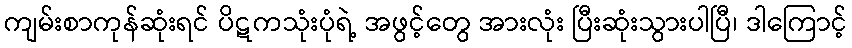
ကျမ်းစာကုန်ဆုံးရင် ပိဋကသုံးပုံရဲ့ အဖွင့်တွေ အားလုံး ပြီးဆုံးသွားပါပြီ၊ ဒါကြောင့်